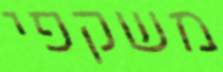
משקפי